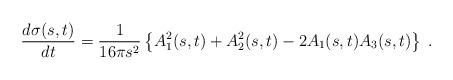
LaTeX: \begin{align*}\frac{d\sigma(s,t)}{dt} = \frac{1}{16 \pi s^2} \left\{ A_1^2(s, t) +A_2^2(s, t) - 2A_1(s, t) A_3(s, t) \right\} \;.\end{align*}